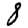
Digit: 8